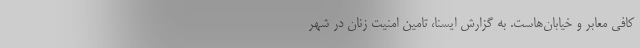
کافی معابر و خیابان‌هاست. به گزارش ایسنا، تامین امنیت زنان در شهر